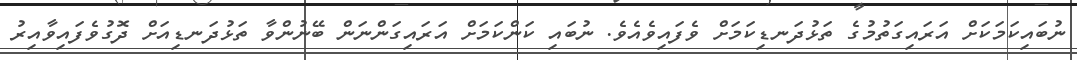
ނުބައިކަމަކަށް އަރައިގަތުމުގެ ތަޅުދަނޑިކަމަށް ވެފައިވެއެވެ. ނުބައި ކަންކަމަށް އަރައިގަންނަން ބޭނުންވާ ތަޅުދަނޑިއަށް ދޮގުވެފައިވާއިރު